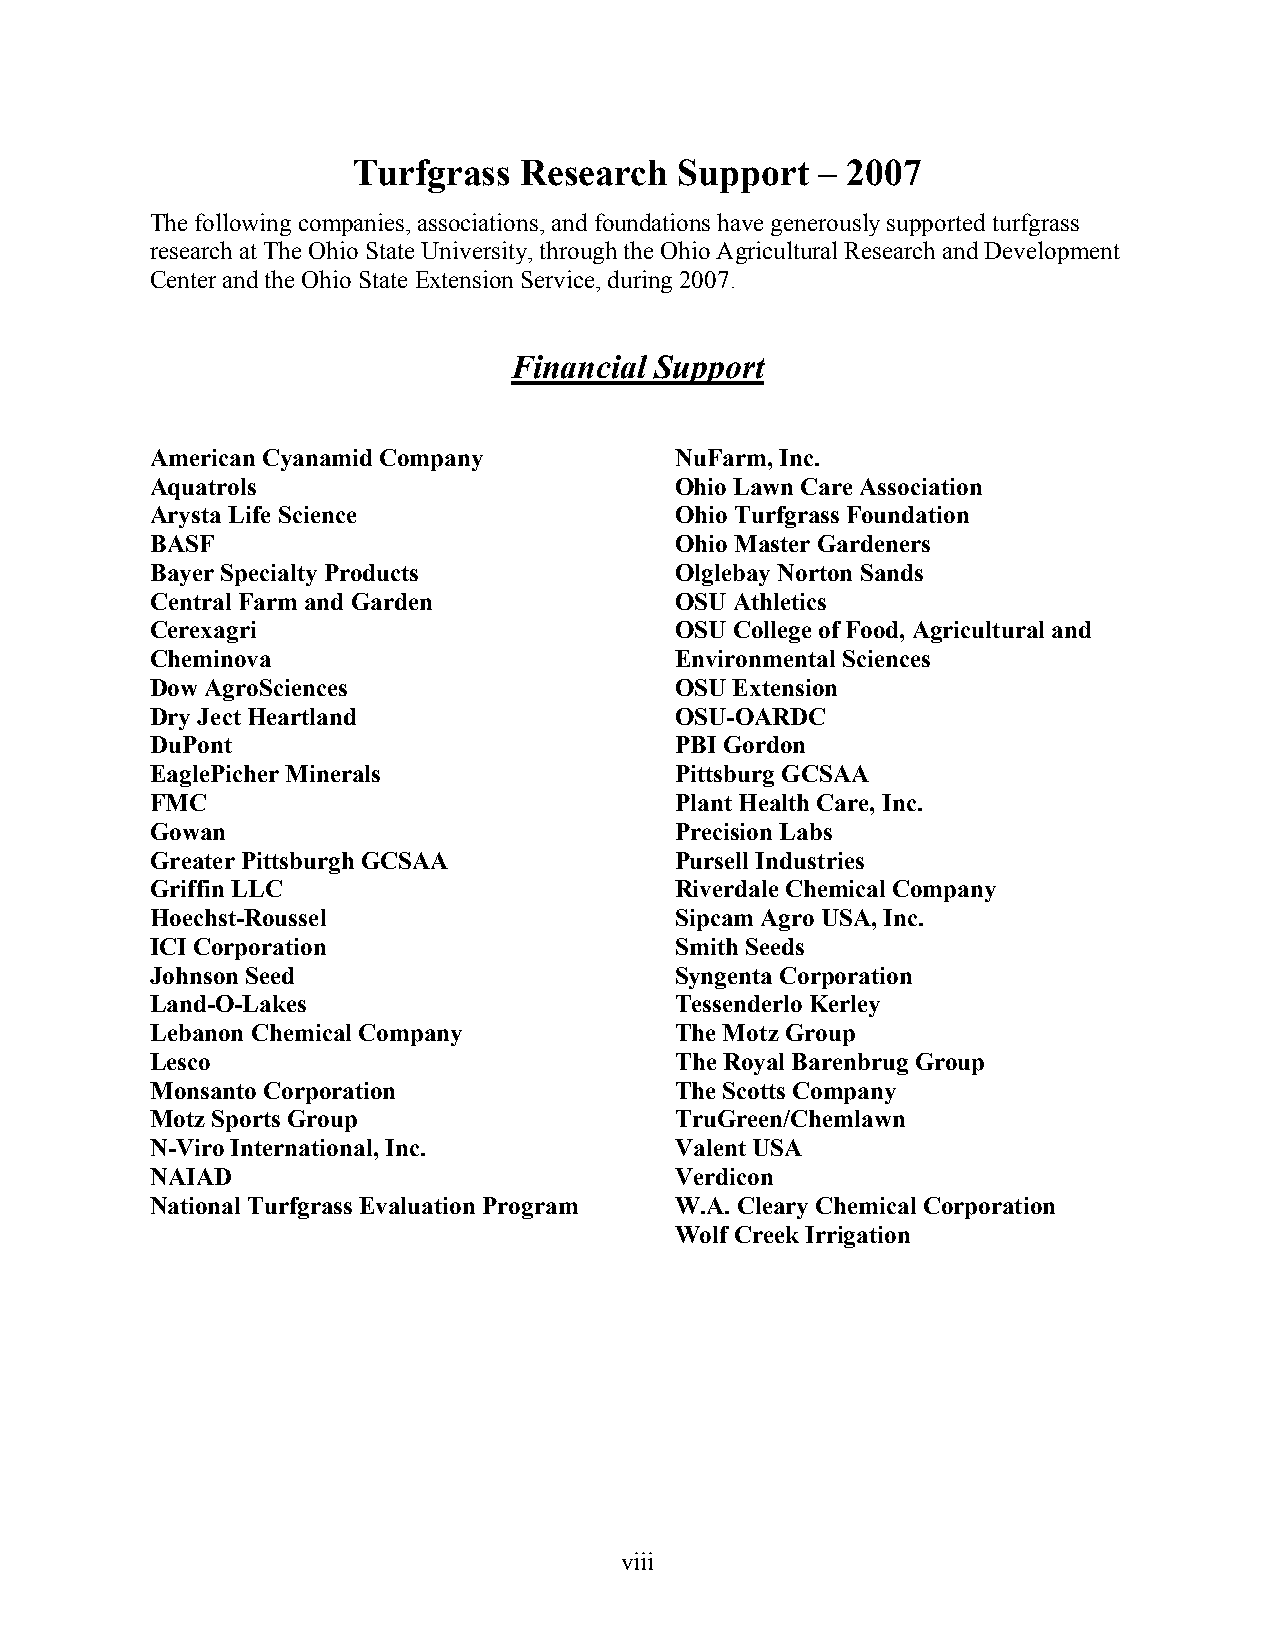
Turfgrass  Research   Support  – 2007
 The following companies, associations, and foundations have generously supported turfgrass
 research at The Ohio State University, through the Ohio Agricultural Research and Development
 Center and the Ohio State Extension Service, during 2007.
 Financial Support
 American Cyanamid Company          NuFarm, Inc.
 Aquatrols                          Ohio Lawn Care Association
 Arysta Life Science                Ohio Turfgrass Foundation
 BASF                               Ohio Master Gardeners
 Bayer Specialty Products           Olglebay Norton Sands
 Central Farm and Garden            OSU Athletics
 Cerexagri                          OSU College of Food, Agricultural and
 Cheminova                          Environmental Sciences
 Dow AgroSciences                   OSU Extension
 Dry Ject Heartland                 OSU-OARDC
 DuPont                             PBI Gordon
 EaglePicher Minerals               Pittsburg GCSAA
 FMC                                Plant Health Care, Inc.
 Gowan                              Precision Labs
 Greater Pittsburgh GCSAA           Pursell Industries
 Griffin LLC                        Riverdale Chemical Company
 Hoechst-Roussel                    Sipcam Agro USA, Inc.
 ICI Corporation                    Smith Seeds
 Johnson Seed                       Syngenta Corporation
 Land-O-Lakes                       Tessenderlo Kerley
 Lebanon Chemical Company           The Motz Group
 Lesco                              The Royal Barenbrug Group
 Monsanto Corporation               The Scotts Company
 Motz Sports Group                  TruGreen/Chemlawn
 N-Viro International, Inc.         Valent USA
 NAIAD                              Verdicon
 National Turfgrass Evaluation Program W.A. Cleary Chemical Corporation
 Wolf Creek Irrigation
 viii